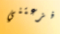
أفزعتني